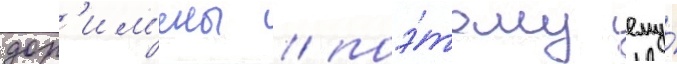
дор'им'ены / поэ́тому ему́